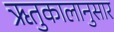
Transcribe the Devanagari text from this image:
ऋतुकालानुसार